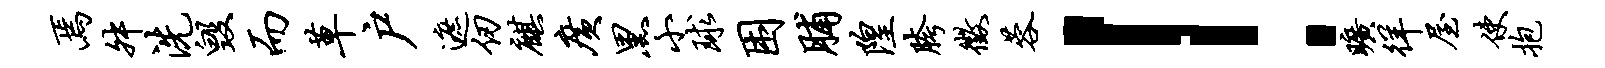
焉舛洗毁而草户遮仞麒广黑小球困脯隍胯征蓉！旷徉屋使抱